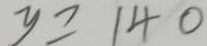
y \geq 1 4 0